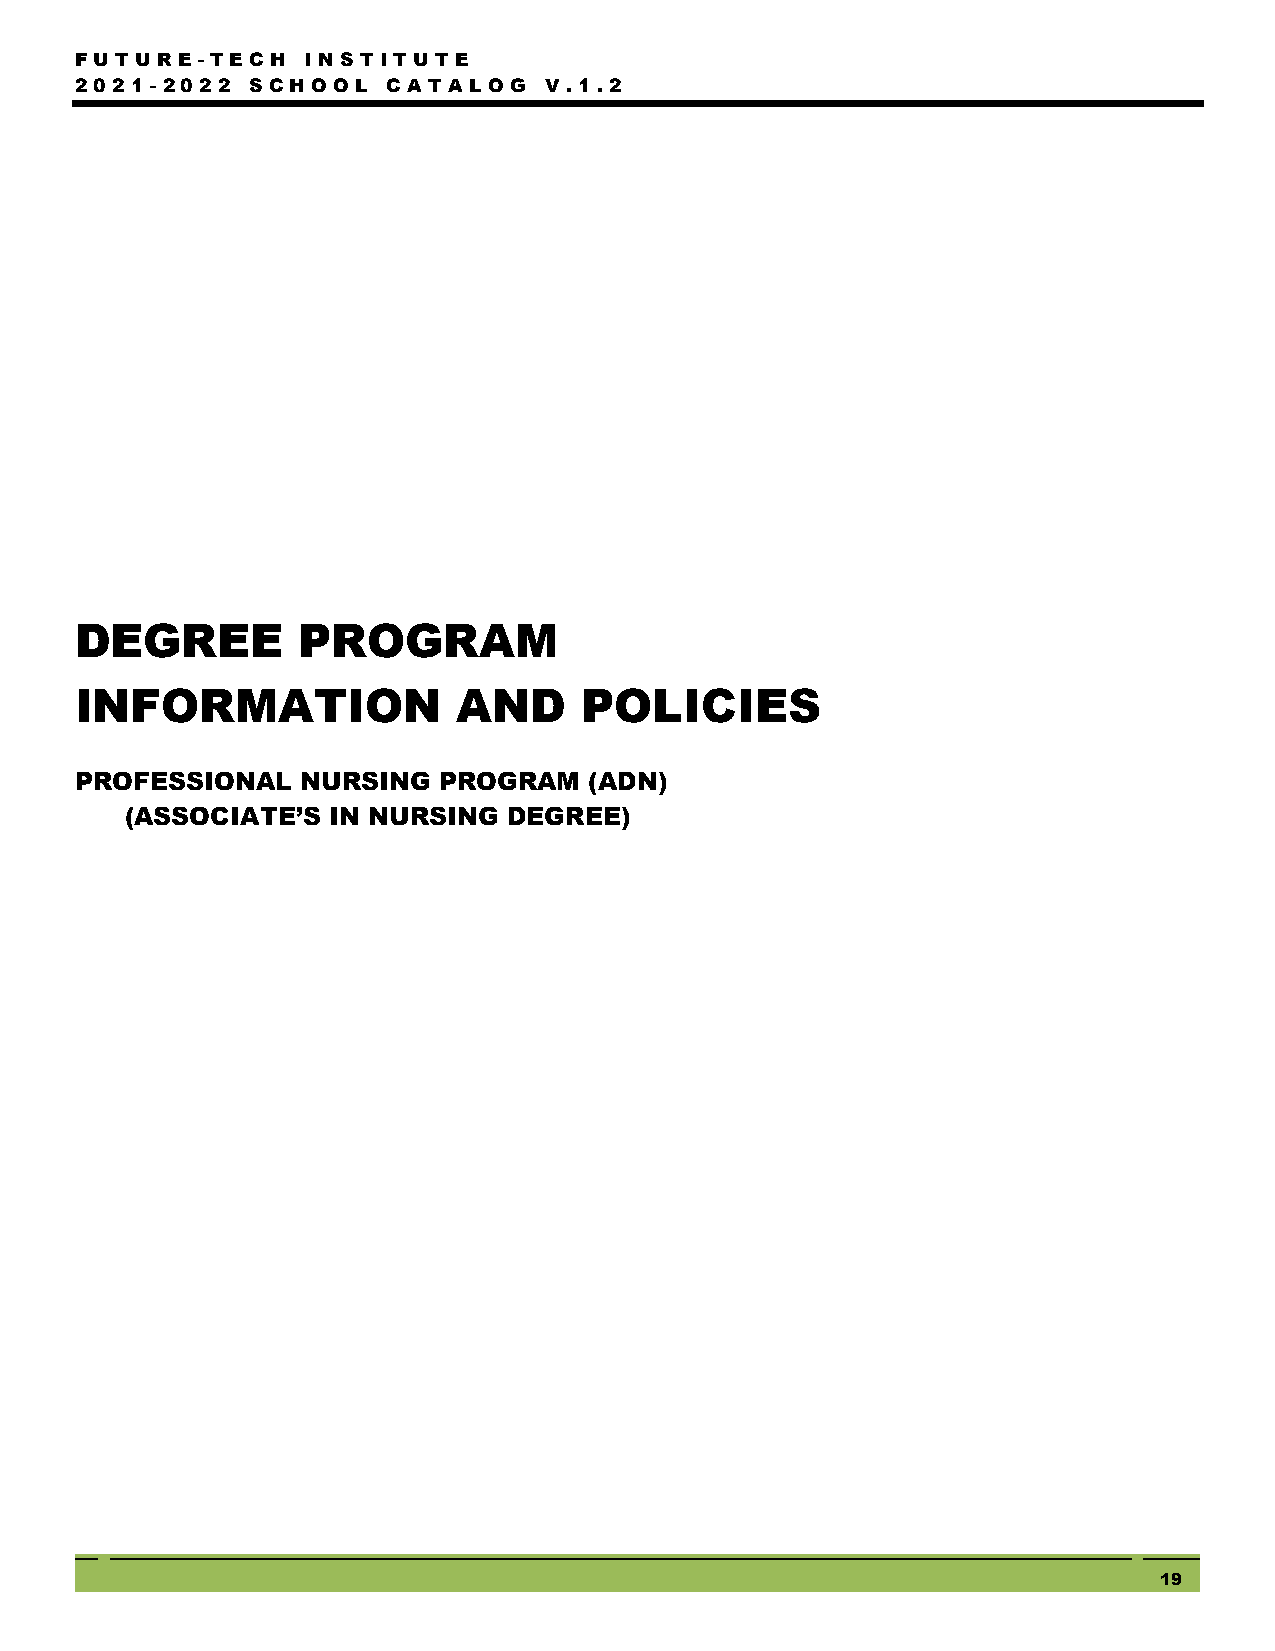
FUTUR  E - TEC H I NSTITU TE
 2021- 2022  SC HOOL  C ATA LOG V .1.2
 DEGREE         PROGRAM
 INFORMATION              AND      POLICIES
 PROFESSIONAL   NURSING  PROGRAM   (ADN)
 (ASSOCIATE’S  IN NURSING  DEGREE)
 19